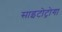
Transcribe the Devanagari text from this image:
साइटोट्रोगा